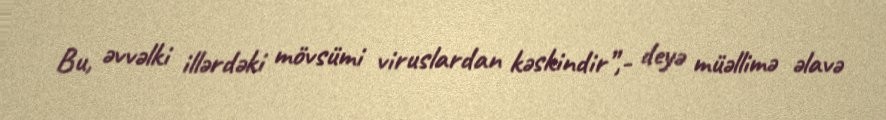
Bu, əvvəlki illərdəki mövsümi viruslardan kəskindir”,- deyə müəllimə əlavə